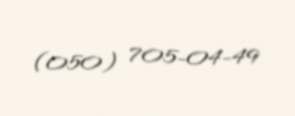
(050) 705-04-49